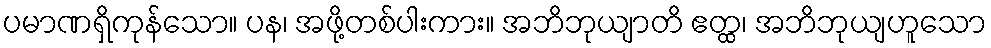
ပမာဏရှိကုန်သော။ ပန၊ အဖို့တစ်ပါးကား။ အဘိဘုယျာတိ ဧတ္ထ၊ အဘိဘုယျဟူသော